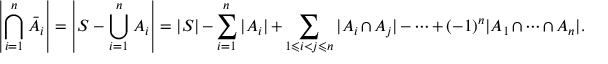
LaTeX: \left| \bigcap _ { i = 1 } ^ { n } { \bar { A _ { i } } } \right| = \left| S - \bigcup _ { i = 1 } ^ { n } A _ { i } \right| = | S | - \sum _ { i = 1 } ^ { n } | A _ { i } | + \sum _ { 1 \leqslant i < j \leqslant n } | A _ { i } \cap A _ { j } | - \cdots + ( - 1 ) ^ { n } | A _ { 1 } \cap \cdots \cap A _ { n } | .